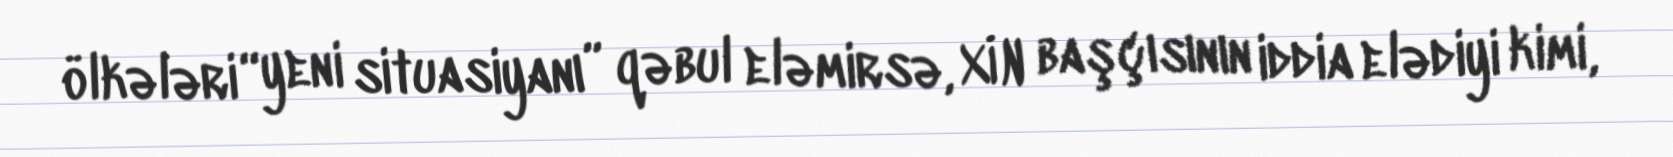
ölkələri “yeni situasiyanı” qəbul eləmirsə, XİN başçısının iddia elədiyi kimi,